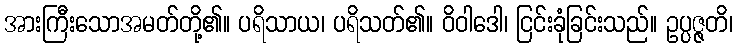
အားကြီးသောအမတ်တို့၏။ ပရိသာယ၊ ပရိသတ်၏။ ဝိဝါဒေါ၊ ငြင်းခုံခြင်းသည်။ ဥပ္ပဇ္ဇတိ၊